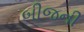
બીજની